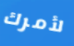
لأمرك